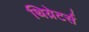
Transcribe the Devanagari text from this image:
थिय़ेटर्स